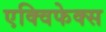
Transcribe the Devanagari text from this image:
एक्विफेक्स